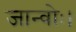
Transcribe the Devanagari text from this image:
जान्वोः।